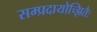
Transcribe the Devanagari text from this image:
सम्प्रदायोच्झितैः